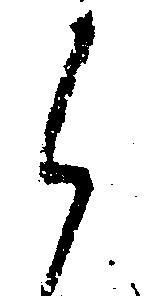
ら